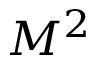
M ^ { 2 }